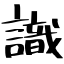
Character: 識